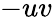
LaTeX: -uv